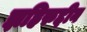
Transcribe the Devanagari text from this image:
झहिरुद्दीन